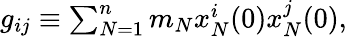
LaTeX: \begin{array}{r}{g_{ij}\equiv\sum_{N=1}^{n}m_{N}x_{N}^{i}(0)x_{N}^{j}(0),}\end{array}